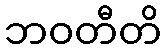
ဘဝတီတိ